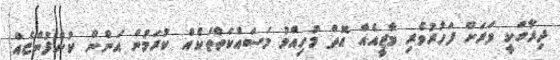
ދިރާގަކީ ވަރަށް ފަހުރުވެރި މާޒީއެއް އޮތް މުހިއްމު މަސައްކަތްތަކެއް ކުރަމުން އަންން ކުންފުންޏެއް